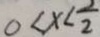
0 < x < \frac { 2 } { 2 }